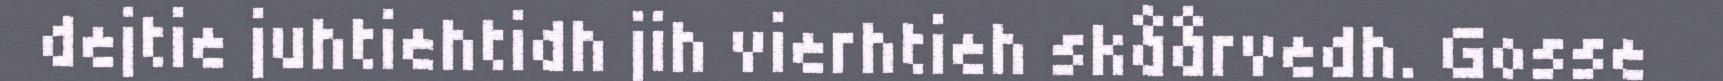
dejtie juhtiehtidh jih vierhtieh skåårvedh. Gosse